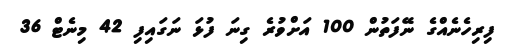
ފިރިހެނެއްގެ ނޭފަތުން 100 އަށްވުރެ ގިނަ ފުޅަ ނަގައިފި 42 މިނެޓް 36